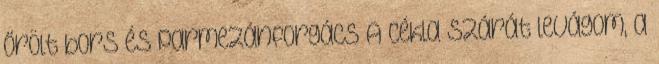
őrölt bors és parmezánforgács A cékla szárát levágom, a